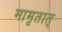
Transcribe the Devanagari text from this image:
मामृतात्